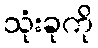
သုံးခုကို